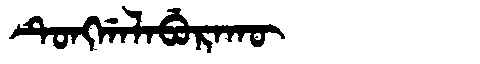
Manchu: ᡨᡠᠩᡤᠠᠯᠠᠪᡠᡵᠠᡴᡡ
Romanization: TUNGGALABURAKŪ